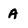
Character: A